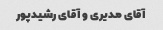
آقای مدیری و آقای رشیدپور